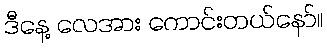
ဒီနေ့ လေအား ကောင်းတယ်နော်။